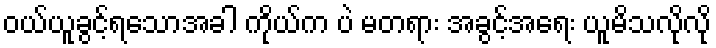
ဝယ်ယူခွင့်ရသောအခါ ကိုယ်က ပဲ မတရား အခွင့်အရေး ယူမိသလိုလို